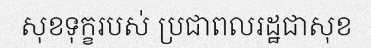
សុខទុក្ខរបស់ ប្រជាពលរដ្ឋជាសុខ